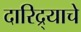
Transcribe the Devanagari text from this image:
दारिद्र्याचे